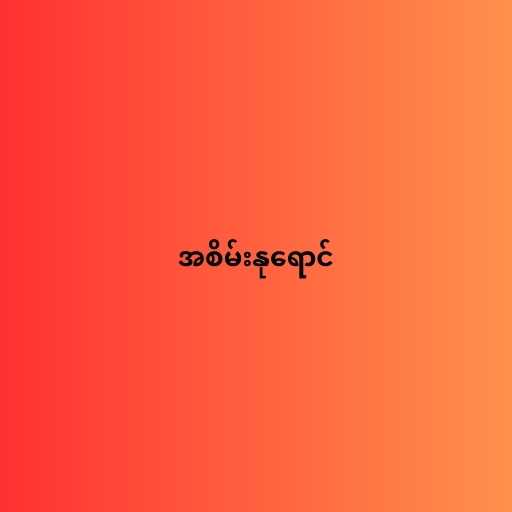
အစိမ်းနုရောင်